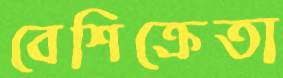
বেশিক্রেতা